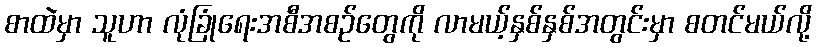
စာထဲမှာ သူဟာ လုံခြုံရေးအစီအစဉ်တွေကို လာမယ့်နှစ်နှစ်အတွင်းမှာ စတင်မယ်လို့